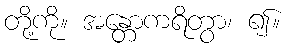
တို့ကို။ အန္တောကရိတွာ၊ ၍။